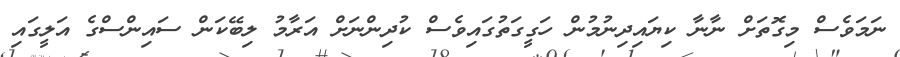
ނަމަވެސް މިގޮތަށް ނާނާ ކިޔައިދިނުމުން ހަގީގަތުގައިވެސް ކުދިންނަށް އަރާމު ލިބޭކަން ސައިންސްގެ އަލީގައި